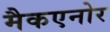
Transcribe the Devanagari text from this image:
मैकएनोर